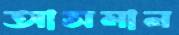
আসমান